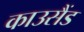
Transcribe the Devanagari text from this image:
काउसैंड